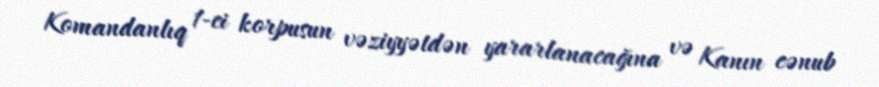
Komandanlıq 1-ci korpusun vəziyyətdən yararlanacağına və Kanın cənub